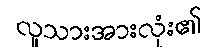
လူသားအားလုံး၏